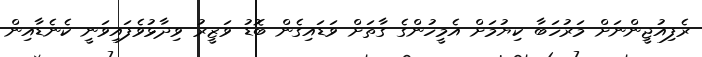
ރެފިއުޖީންނަށް މަރުހަބާ ކިޔުމަށް އެމީހުންގެ ގާތަށް ވަޑައިގެން ބޮޑު ވަޒީރު ވިދާޅުވެފައިވަނީ ކެނެޑާއިން